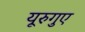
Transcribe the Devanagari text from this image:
यूरुगुए